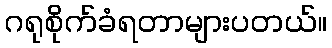
ဂရုစိုက်ခံရတာများပတယ်။